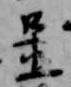
置